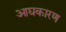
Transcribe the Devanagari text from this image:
आद्यकारण